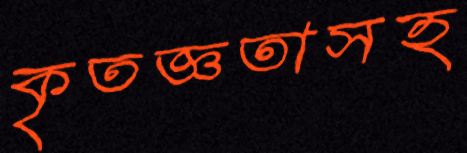
কৃতজ্ঞতাসহ